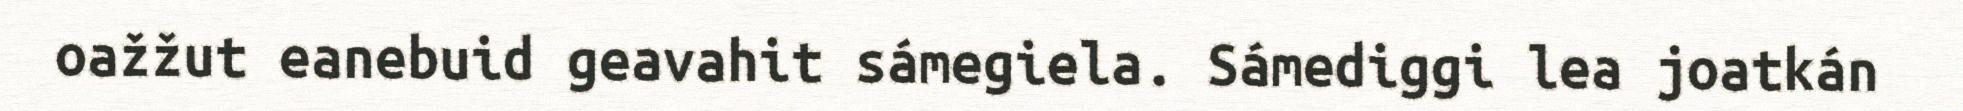
oažžut eanebuid geavahit sámegiela. Sámediggi lea joatkán